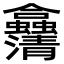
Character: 𠑴